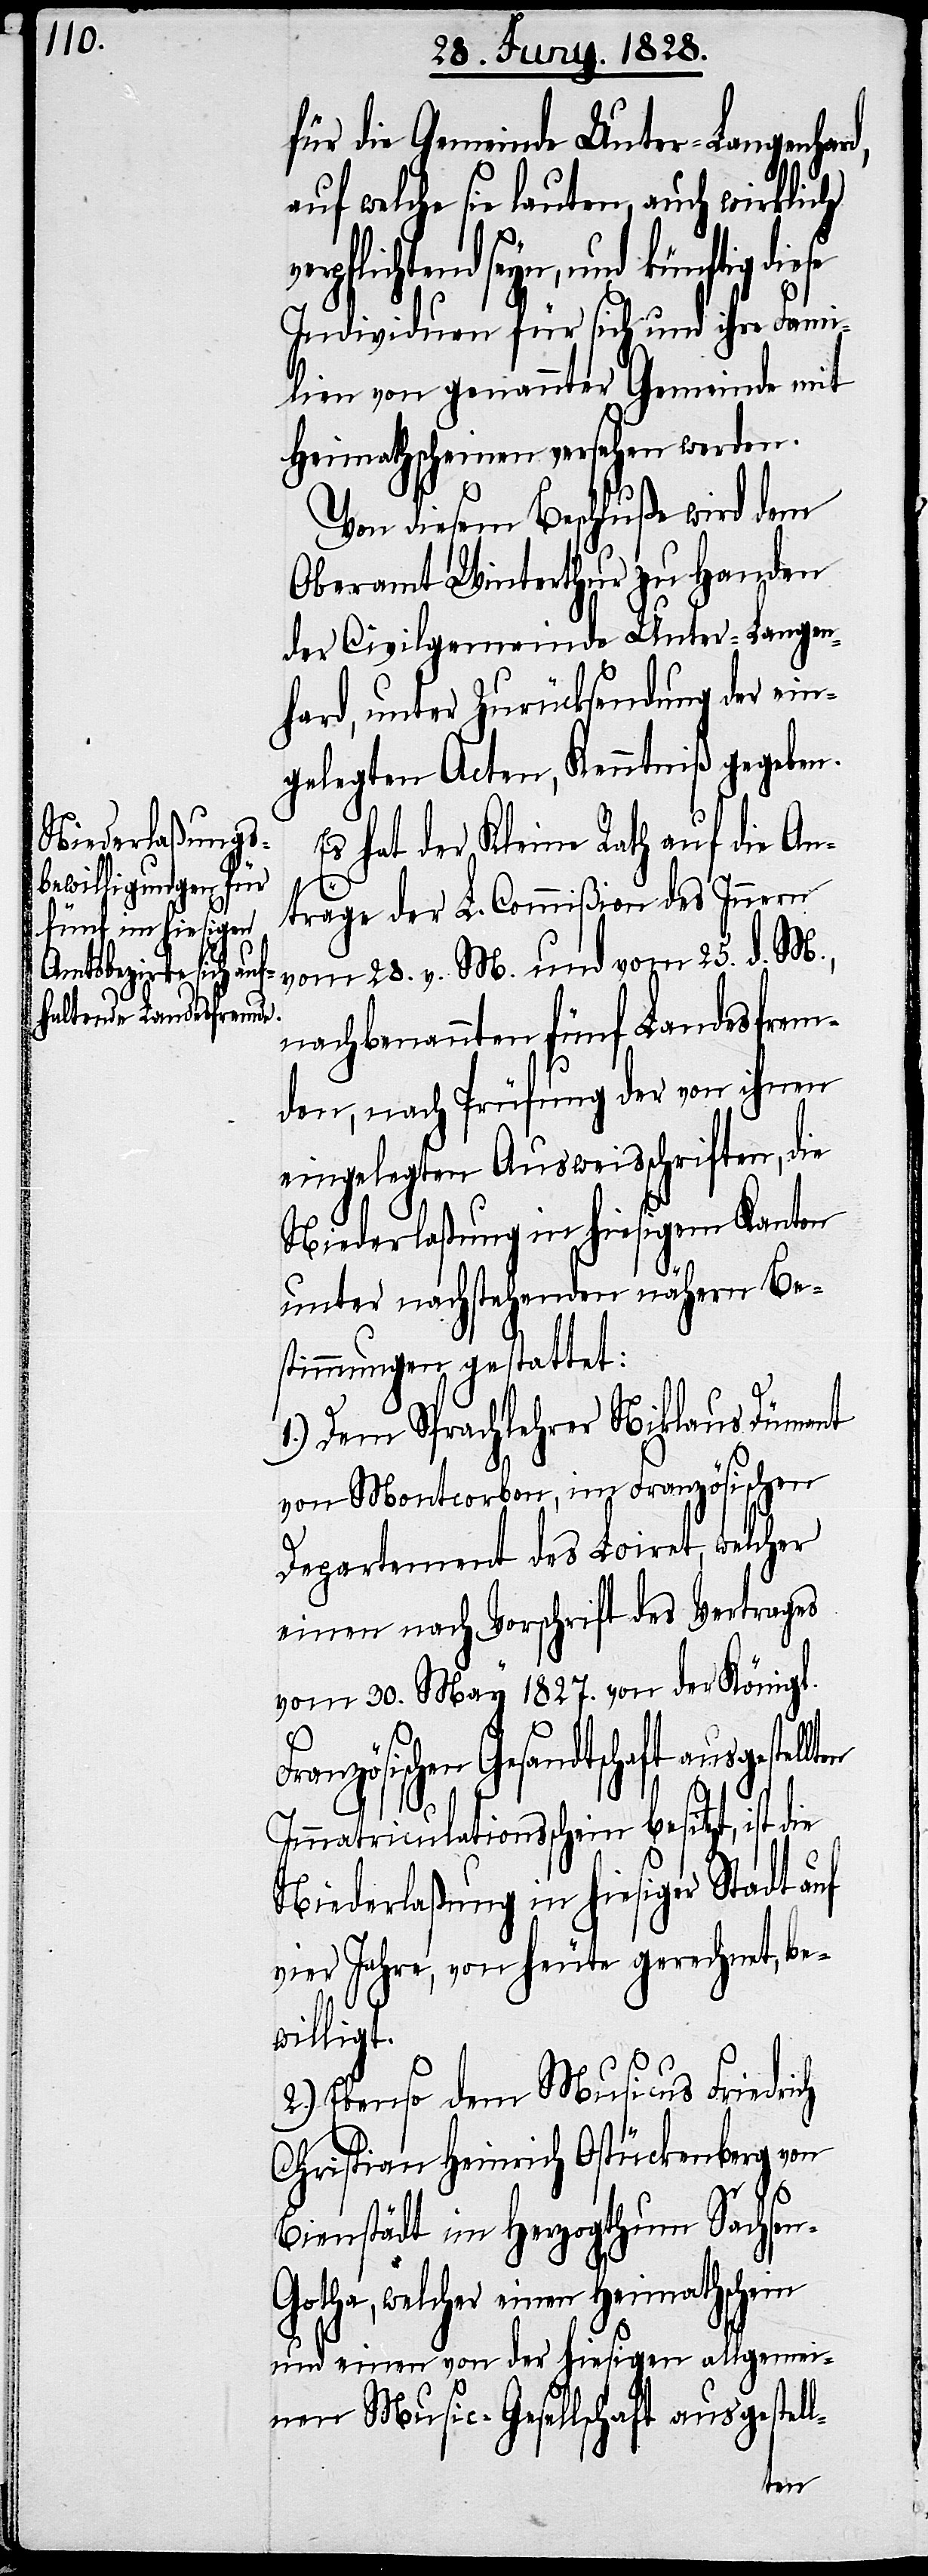
rd,

tell-

für die Gemeinde Unter-Langenha¬
auf welche sie lauten, auch wirklich
und künftig diese
Individuen für sich und ihre Fami¬
lien von genannter Gemeinde mit
Heimathscheinen versehen werden.
Von diesem Beschluße wird dem
Oberamt Winterthur zu Handen
der Civilgemeinden Unter-Langen¬
hard, unter Zurückstellung der ein¬
gelegten Acten, Kenntniß gegeben.
Es hat der Kleine Rath auf die An¬
träge der L. Commißion des Innern
vom 28. v. M. und vom 25. d. M.,
nachbenannten fünf Landesfrem¬
den, nach Prüfung der von ihnen
eingelegten Ausweisschriften, die
Niederlaßung in hiesigem Kanton
unter nachstehenden nähern Be¬
stimmungen gestattet:
1.) Dem Sprachlehrer Niklaus Dümant
von Montcorbon, im Französischen
Departement des Loiret, welcher
einen nach Vorschrift des Vertrages
vom 30. May 1827. von der Königl.
en Gesandtschaft ausgestel¬
Immatriculationsschein besitzt, ist die
Niederlaßung in hiesiger Stadt auf
vier Jahre, von heute gerechnet, be¬
willigt.
2.) Ebenso dem Musicus Friedrich
Christian Heinrich Ostückenberg von
Bienstädt im Herzogthum Sachs¬
otha, welcher einen Heimathschein
und einen von der hiesigen allgemei¬
nen Music-Gesellschaft ausges¬
en-G¬